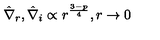
\hat { \nabla } _ { r } , \hat { \nabla } _ { i } \propto r ^ { \frac { 3 - p } { 4 } } , r \rightarrow 0